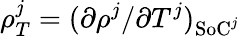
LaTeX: \rho_{T}^{j}=(\partial\rho^{j}/\partial T^{j})_{\textrm{SoC}^{j}}